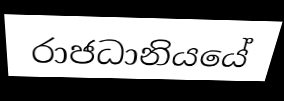
රාජධානියයේ